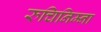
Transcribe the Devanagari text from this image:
रुचिनिम्ना